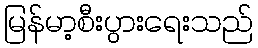
မြန်မာ့စီးပွားရေးသည်